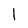
Character: 1